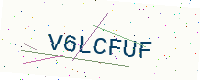
Text: V6LCFUF